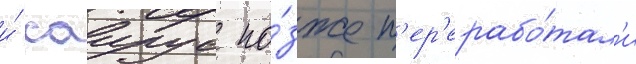
и́ саирус по́зже п'ер'ерабо́тал'и